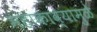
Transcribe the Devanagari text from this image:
महाकाव्यामुळे